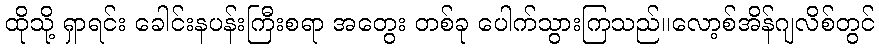
ထိုသို့ ရှာရင်း ခေါင်းနပန်းကြီးစရာ အတွေး တစ်ခု ပေါက်သွားကြသည်။လော့စ်အိန်ဂျလိစ်တွင်